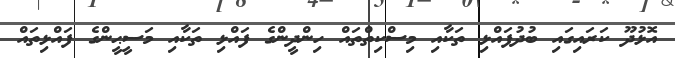
އޮޅުދޫ ކަރައިގައި ބުދުފައްޅި ތަކާއި މިސްކިތްތައް ހިންދީންގެ ފައްޅި ތަކާއި މަސީޙީންގެ ފައްޅިތައް